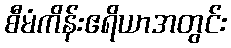
စီမံကိန်းဧရိယာအတွင်း